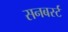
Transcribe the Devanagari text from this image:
सनबर्स्ट